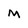
Character: M